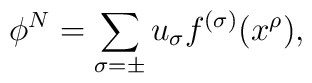
\phi^N=\sum_{\sigma=\pm} u_{\sigma} f^{(\sigma)}(x^{\rho}),